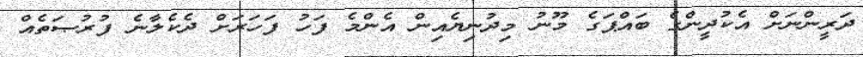
ދަރީންނަށް އެކުދީންގެ ބައްޕަގެ މޫނު މިދުނިޔެއިން އެންމެ ފަހު ފަހަރަށް ދެކެލާނެ ފުރުޞަތެއް